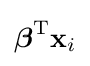
{\boldsymbol {\beta }}^{\mathrm {T} }\mathbf {x} _{i}